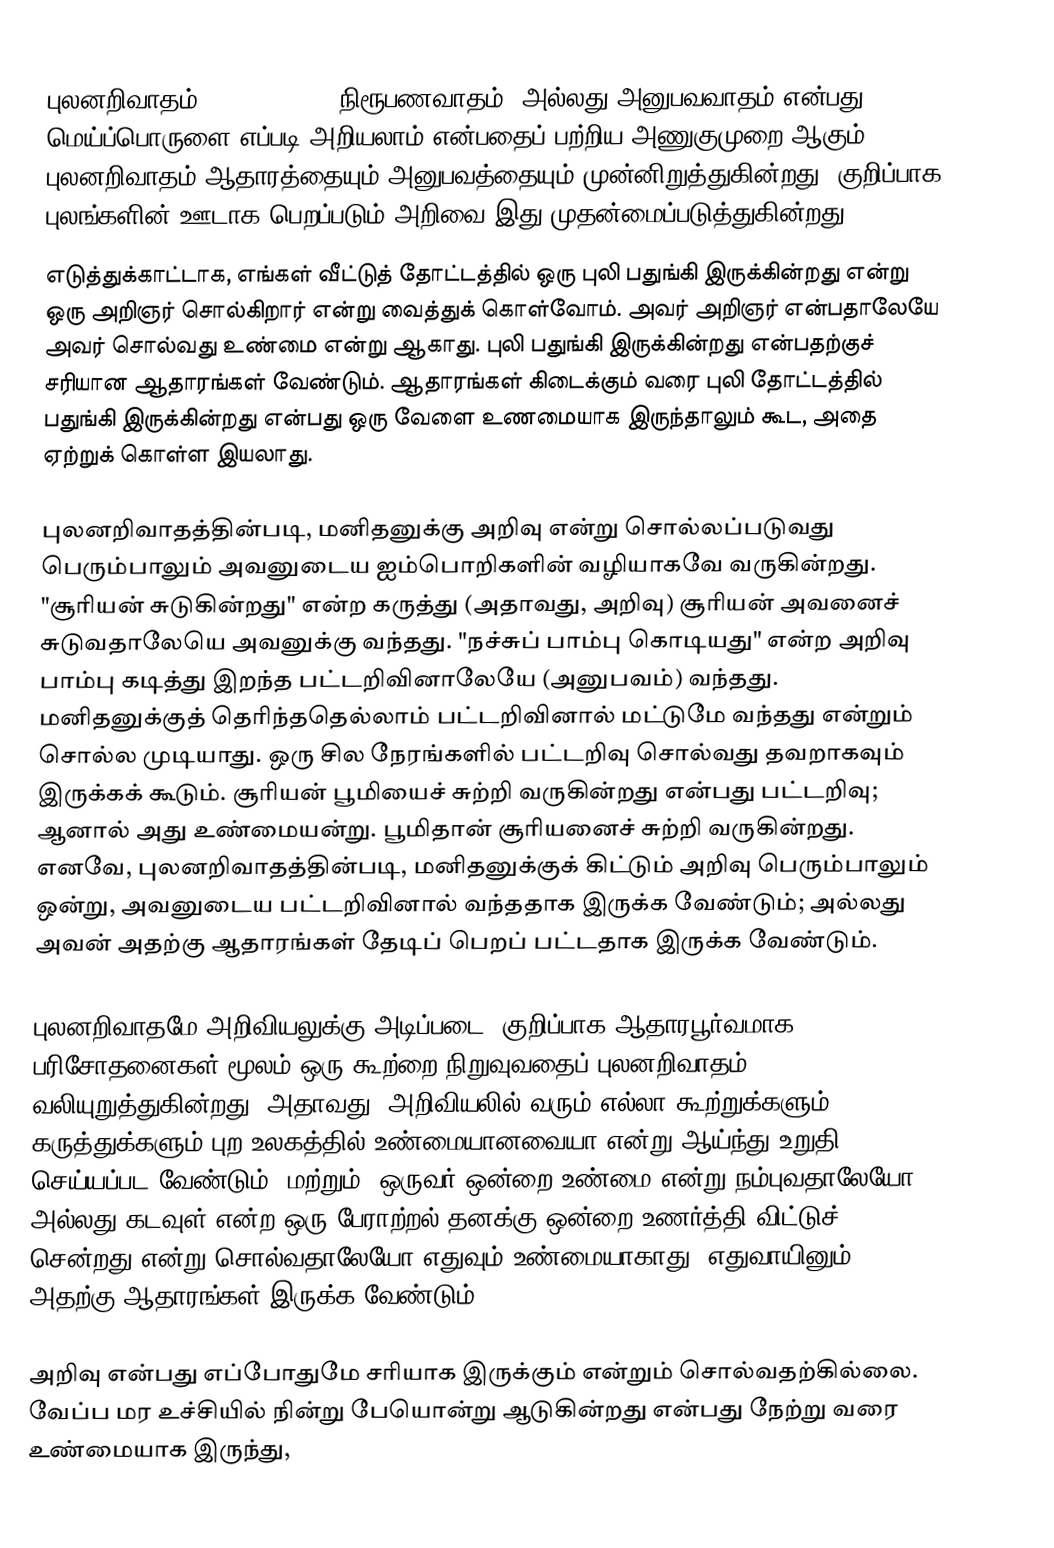
புலனறிவாதம் (empiricism), நிரூபணவாதம், அல்லது அனுபவவாதம் என்பது மெய்ப்பொருளை எப்படி அறியலாம் என்பதைப் பற்றிய அணுகுமுறை ஆகும். புலனறிவாதம் ஆதாரத்தையும் அனுபவத்தையும் முன்னிறுத்துகின்றது. குறிப்பாக புலங்களின் ஊடாக பெறப்படும் அறிவை இது முதன்மைப்படுத்துகின்றது.
எடுத்துக்காட்டாக, எங்கள் வீட்டுத் தோட்டத்தில் ஒரு புலி பதுங்கி இருக்கின்றது என்று ஒரு அறிஞர் சொல்கிறார் என்று வைத்துக் கொள்வோம். அவர் அறிஞர் என்பதாலேயே அவர் சொல்வது உண்மை என்று ஆகாது. புலி பதுங்கி இருக்கின்றது என்பதற்குச் சரியான ஆதாரங்கள் வேண்டும். ஆதாரங்கள் கிடைக்கும் வரை புலி தோட்டத்தில் பதுங்கி இருக்கின்றது என்பது ஒரு வேளை  உணமையாக இருந்தாலும் கூட, அதை   ஏற்றுக் கொள்ள இயலாது.

புலனறிவாதத்தின்படி, மனிதனுக்கு அறிவு என்று சொல்லப்படுவது பெரும்பாலும் அவனுடைய ஐம்பொறிகளின் வழியாகவே வருகின்றது. "சூரியன் சுடுகின்றது" என்ற கருத்து (அதாவது, அறிவு) சூரியன் அவனைச்  சுடுவதாலேயெ அவனுக்கு வந்தது. "நச்சுப் பாம்பு கொடியது" என்ற அறிவு பாம்பு கடித்து இறந்த பட்டறிவினாலேயே (அனுபவம்) வந்தது. மனிதனுக்குத் தெரிந்ததெல்லாம் பட்டறிவினால் மட்டுமே வந்தது என்றும்  சொல்ல முடியாது. ஒரு சில நேரங்களில் பட்டறிவு சொல்வது தவறாகவும்  இருக்கக் கூடும். சூரியன் பூமியைச் சுற்றி வருகின்றது என்பது பட்டறிவு; ஆனால் அது உண்மையன்று. பூமிதான் சூரியனைச் சுற்றி வருகின்றது. எனவே, புலனறிவாதத்தின்படி, மனிதனுக்குக் கிட்டும் அறிவு பெரும்பாலும் ஒன்று, அவனுடைய பட்டறிவினால் வந்ததாக இருக்க வேண்டும்; அல்லது அவன் அதற்கு ஆதாரங்கள் தேடிப்  பெறப் பட்டதாக இருக்க வேண்டும்.

புலனறிவாதமே அறிவியலுக்கு அடிப்படை. குறிப்பாக ஆதாரபூர்வமாக, பரிசோதனைகள் மூலம் ஒரு கூற்றை நிறுவுவதைப் புலனறிவாதம்  வலியுறுத்துகின்றது. அதாவது, அறிவியலில் வரும் எல்லா கூற்றுக்களும் கருத்துக்களும் புற உலகத்தில் உண்மையானவையா என்று ஆய்ந்து உறுதி செய்யப்பட வேண்டும்; மற்றும், ஒருவர் ஒன்றை உண்மை என்று நம்புவதாலேயோ அல்லது கடவுள் என்ற ஒரு பேராற்றல் தனக்கு ஒன்றை உணர்த்தி விட்டுச் சென்றது என்று  சொல்வதாலேயோ எதுவும் உண்மையாகாது. எதுவாயினும்  அதற்கு ஆதாரங்கள் இருக்க வேண்டும்.

அறிவு என்பது எப்போதுமே சரியாக இருக்கும் என்றும்  சொல்வதற்கில்லை. வேப்ப மர உச்சியில் நின்று  பேயொன்று ஆடுகின்றது என்பது நேற்று வரை உண்மையாக இருந்து,